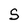
Character: S